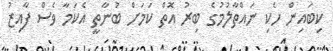
ކިބައިން ހެކި ނައްތާލުމުގެ ބިރު އޮތް ކަމަށް ބުނާތީ އެކަމާ ވެސް ފާއިޒު